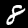
Digit: 8